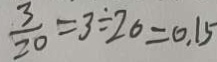
\frac { 3 } { 2 0 } = 3 \div 2 0 = 0 . 1 5